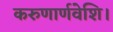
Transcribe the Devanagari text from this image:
करुणार्णवेशि।